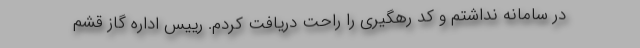
در سامانه نداشتم و کد رهگیری را راحت دریافت کردم. رییس اداره گاز قشم